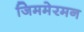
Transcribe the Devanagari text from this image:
जिममेरमन